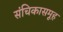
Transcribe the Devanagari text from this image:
संचिकासमूह